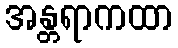
အန္တရာကထာ